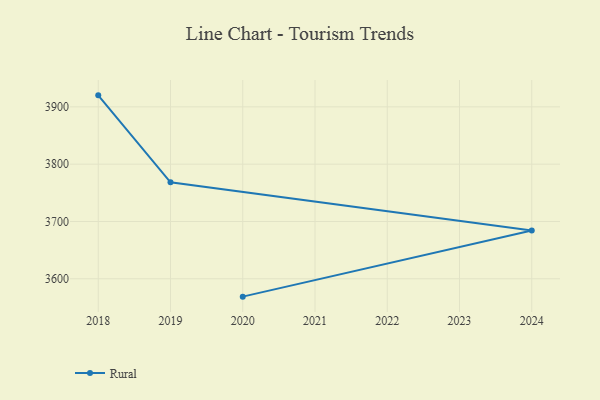
{"axis": {"x": "Year", "y": "Waste Production (Tons)"}, "legend": ["Rural"], "data": [{"x": "2018", "y": 3920.1, "type": "Rural"}, {"x": "2019", "y": 3768.4, "type": "Rural"}, {"x": "2024", "y": 3684.1, "type": "Rural"}, {"x": "2020", "y": 3568.8, "type": "Rural"}]}